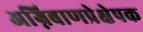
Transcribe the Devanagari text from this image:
अग्निबाणप्रेक्षेपक